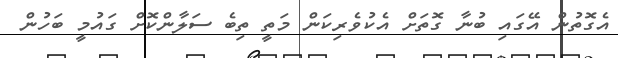
އެގޮތުން އޭގައި ބުނާ ގޮތަށް އެކުވެރިކަން މަތީ ތިބެ ސަލާންކޮށް ގައުމީ ބަހުން